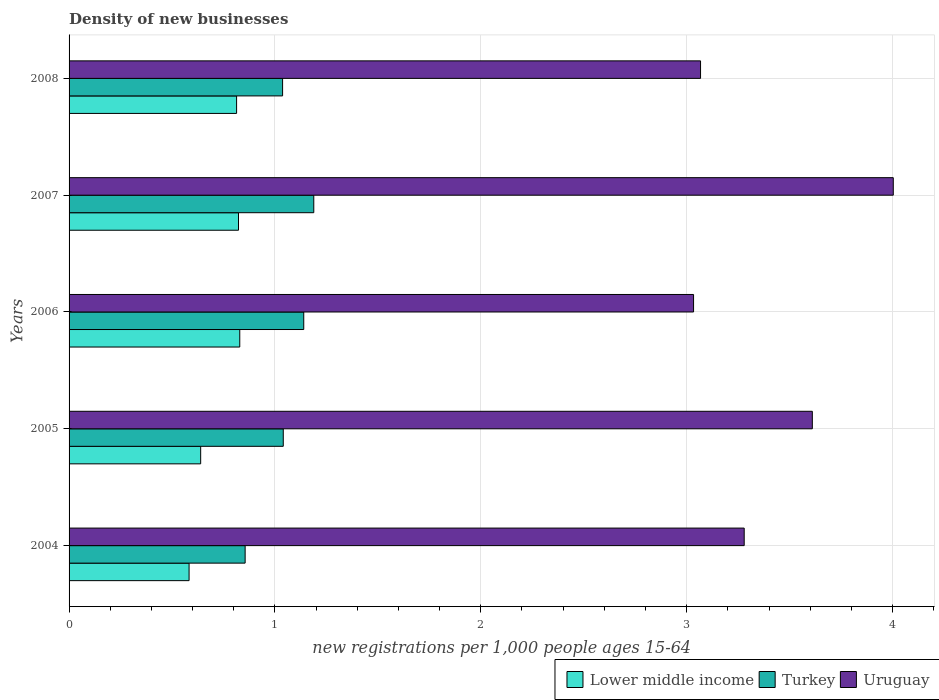
| Years | Lower middle income | Turkey | Uruguay |
 | --- | --- | --- | --- |
 | 2004 | 0.583 | 0.855 | 3.28 |
 | 2005 | 0.639 | 1.04 | 3.61 |
 | 2006 | 0.829 | 1.14 | 3.03 |
 | 2007 | 0.823 | 1.19 | 4 |
 | 2008 | 0.814 | 1.04 | 3.07 |